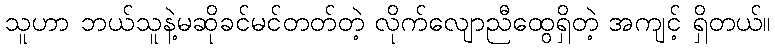
သူဟာ ဘယ်သူနဲ့မဆိုခင်မင်တတ်တဲ့ လိုက်လျောညီထွေရှိတဲ့ အကျင့် ရှိတယ်။